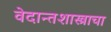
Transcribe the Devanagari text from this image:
वेदान्तशास्त्राचा